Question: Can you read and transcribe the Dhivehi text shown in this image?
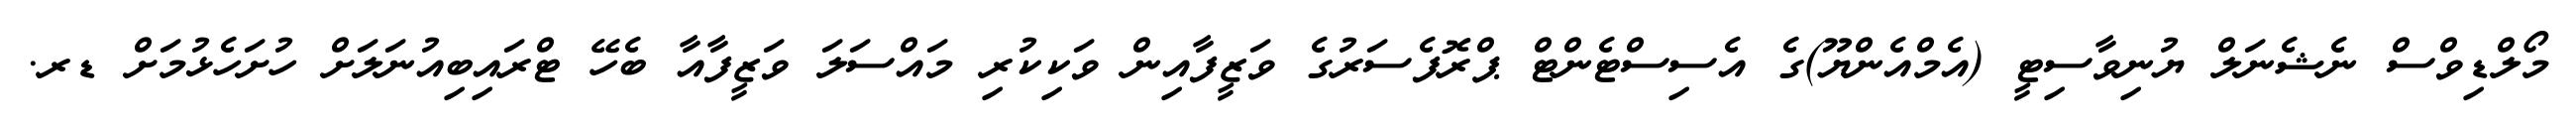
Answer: މޯލްޑިވްސް ނެޝެނަލް ޔުނިވާސިޓީ (އެމްއެންޔޫ)ގެ އެސިސްޓެންޓް ޕްރޮފެސަރުގެ ވަޒީފާއިން ވަކިކުރި މައްސަލަ ވަޒީފާއާ ބެހޭ ޓްރައިބިއުނަލަށް ހުށަހެޅުމަށް ޑރ.